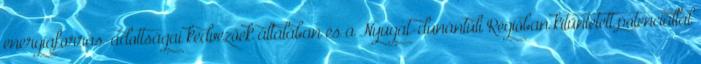
energiaforrás-adottságai kedvezőek általában és a Nyugat-dunántúli Régióban kitüntetett potenciállal